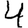
Digit: 4